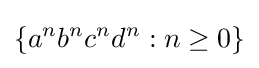
\{a^{n}b^{n}c^{n}d^{n}:n\geq 0\}